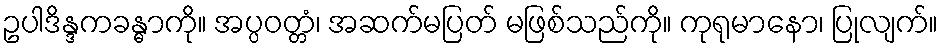
ဥပါဒိန္ဒကခန္ဓာကို။ အပ္ပဝတ္တံ၊ အဆက်မပြတ် မဖြစ်သည်ကို။ ကုရုမာနော၊ ပြုလျက်။